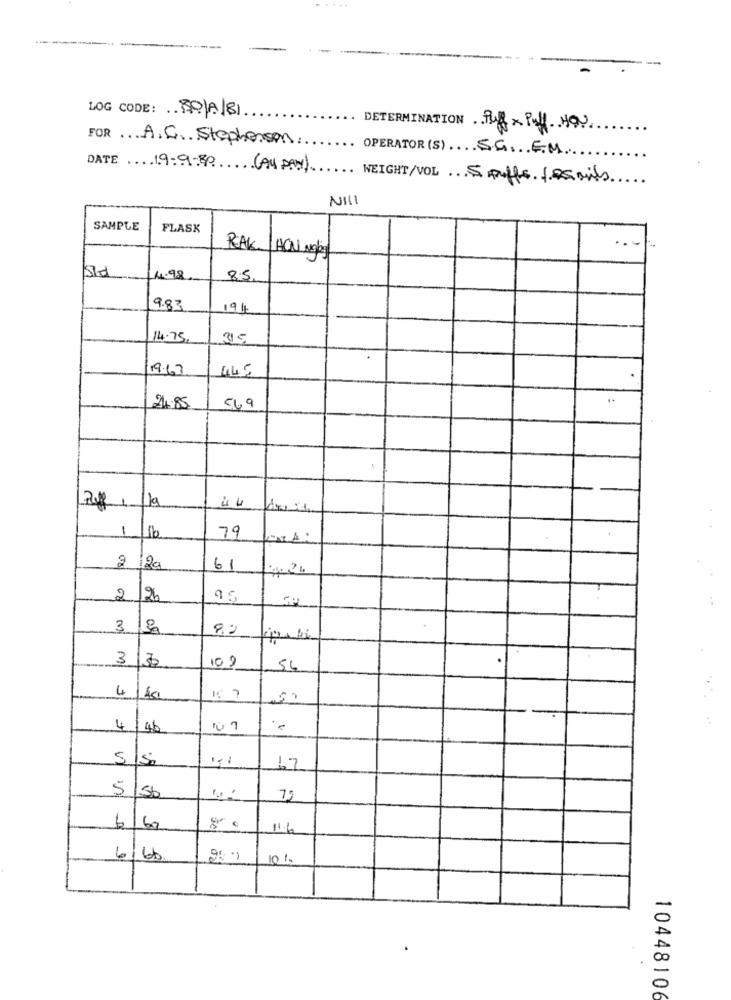
LOG CODE: 150/A/81.
DETERMINATION Puff Puff HOU
FOR A.C. Stephenson:
OPERATOR (S) SG.E.M.
DATE 19-9-30(AU DAN)
WEIGHT/VOL 5 puffs Les mils
NI !!
SAMPLE
FLASK
REAK /HON Mg/kg
sid
14.98
8.5
9.83
19/
14.75
35
19.67
145
..
24.85
569
1
79
2 /20
61
2
3
8.2
3
13
109
4
140
50
4
/46
5
150
17
5 50
6/60
Je
11.6
6/66
25 9
10%.
10448106